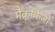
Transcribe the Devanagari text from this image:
मैक्रोफैजों